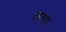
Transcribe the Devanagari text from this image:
लगए